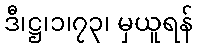
ဒီ၊ဋ္ဌ၊၁၊၇၃၊ မှယူရန်